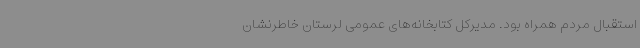
استقبال مردم همراه بود. مدیرکل کتابخانه‌های عمومی لرستان خاطرنشان